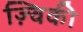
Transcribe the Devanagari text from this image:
ज़्विकी